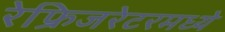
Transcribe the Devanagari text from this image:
रेफ्रिजरेटरमध्ये